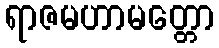
ရာဇမဟာမတ္တော